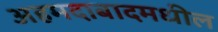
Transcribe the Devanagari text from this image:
अहमदाबादमधील